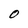
Character: O